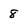
Character: 8